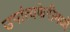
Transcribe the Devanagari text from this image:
उपांत्यफेरीमध्ये